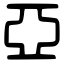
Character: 亞